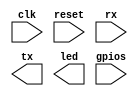
module top (
    input  wire clk, // 27 mhz
    input  wire reset,
    input  wire rx,
    output wire tx,
    output wire [7:0]led,
    input  wire [5:0]gpios
);
    
endmodule